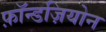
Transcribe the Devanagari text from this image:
फ़ॉन्डज़ियोन